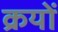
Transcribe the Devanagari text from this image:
क्रयों